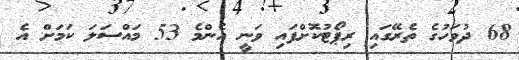
68 ދުވަހުގެ ތެރޭގައި ރިޕޯޓުކޮށްފައި ވަނީ އެންމެ 53 މައްސަލަ ކަމަށް އެ